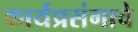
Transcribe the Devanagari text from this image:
कार्यप्रसंगाचे